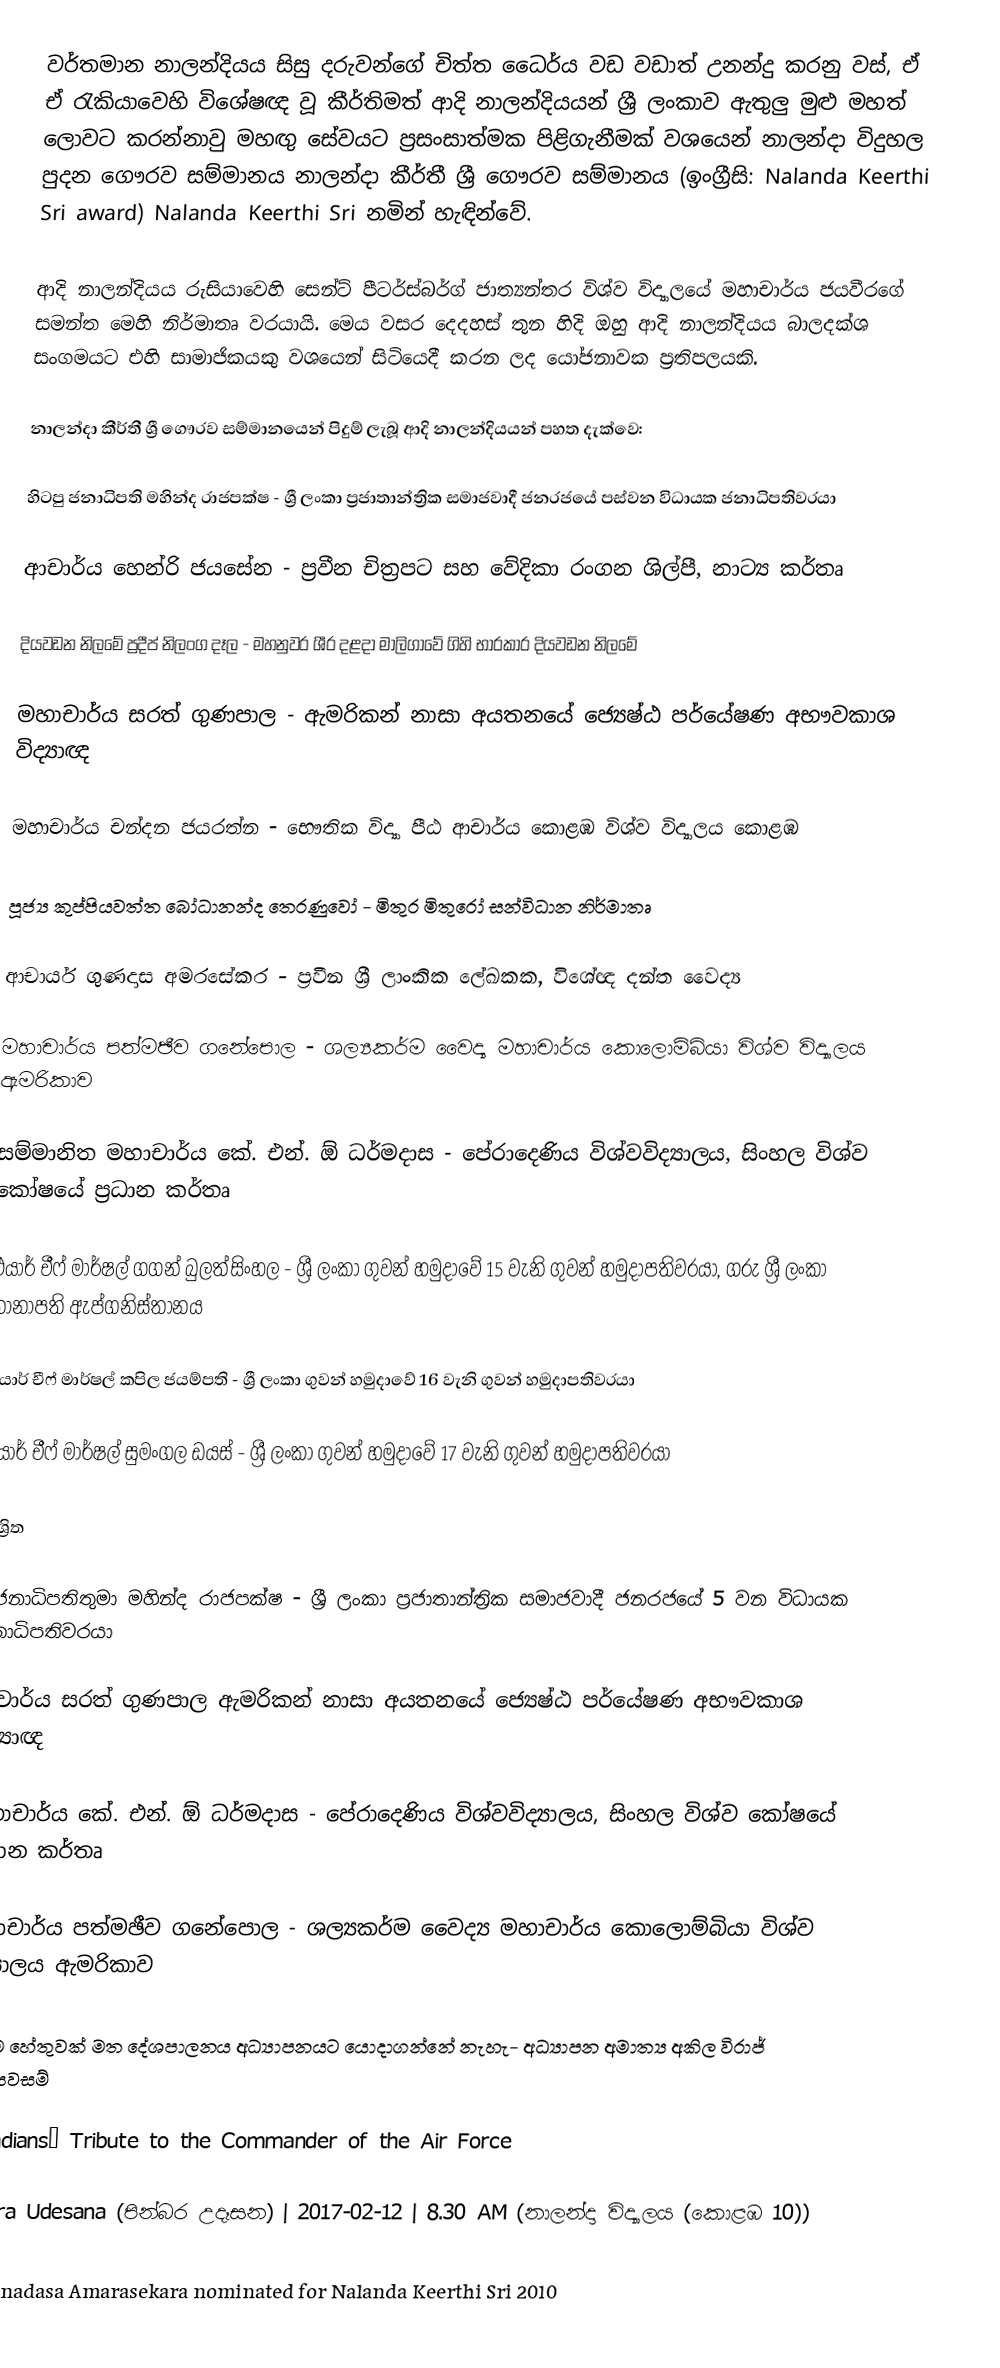
වර්තමාන නාලන්දියය සිසු දරුවන්ගේ චිත්ත ධෛර්ය වඩ වඩාත් උනන්දු කරනු වස්, ඒ ඒ රැකියාවෙහි විශේෂඥ වූ කීර්තිමත් ආදි නාලන්දියයන් ශ්‍රී ලංකාව ඇතුලු මුළු මහත් ලොවට කරන්නාවු මහඟු සේවයට ප්‍රසංසාත්මක පිළිගැනීමක් වශයෙන් නාලන්දා විදුහල පුදන ගෞරව සම්මානය නාලන්දා කීර්තී ශ්‍රී ගෞරව සම්මානය  (ඉංග්‍රීසි: Nalanda Keerthi Sri award) Nalanda Keerthi Sri නමින් හැඳින්වේ.

ආදි නාලන්දියය රුසියාවෙහි සෙන්ට් පීටර්ස්බර්ග් ජාත්‍යන්තර විශ්ව විද්‍යාලයේ මහාචාර්ය ජයවීරගේ සමන්ත මෙහි නිර්මාතෘ වරයායි. මෙය වසර දෙදහස් තුන හිදි ඔහු ආදි නාලන්දියය බාලදක්ශ සංගමයට එහි සාමාජිකයකු වශයෙන් සිටියෙදී කරන ලද යෝජනාවක ප්‍රතිපලයකි.

නාලන්දා කීර්තී ශ්‍රී ගෞරව සම්මානයෙන් පිදුම් ලැබූ ආදි නාලන්දියයන් පහත දැක්වෙ:

 හිටපු ජනාධිපති මහින්ද රාජපක්ෂ - ශ්‍රී ලංකා ප්‍රජාතාන්ත්‍රික සමාජවාදී ජනරජයේ පස්වන විධායක ජනාධිපතිවරයා

 ආචාර්ය හෙන්රි ජයසේන - ප්‍රවීන චිත්‍රපට සහ වේදිකා රංගන ශිල්පී, නාට්‍ය කර්තෘ

  දියවඩන නිලමේ ප්‍රදීප් නිලංග දෑල - මහනුවර ශී‍්‍ර දළදා මාලිගාවේ ගිහි භාරකාර දියවඩන නිලමේ

 මහාචාර්ය සරත් ගුණපාල - ඇමරිකන් නාසා අයතනයේ ජ්‍යෙෂ්ඨ පර්යේෂණ අභෟවකාශ විද්‍යාඥ

  මහාචාර්ය චන්දන ජයරත්න - භෞතික විද්‍යා පීඨ ආචාර්ය කොළඹ විශ්ව විද්‍යාලය කොළඹ

 පූජ්‍ය කුප්පියවත්ත බෝධානන්ද තෙරණුවෝ - මිතුර මිතුරෝ සන්විධාන නිර්මාතෘ

 ආචාර්ය ගුණදාස අමරසේකර - ප්‍රවීන ශ්‍රී ලාංකික ලේඛකක, විශේඥ දන්ත වෛද්‍ය

 මහාචාර්ය පත්මඡීව ගනේපොල - ශල්‍යකර්ම වෛද්‍ය මහාචාර්ය කොලොම්බියා විශ්ව විද්‍යාලය ඇමරිකාව

 සම්මානිත මහාචාර්ය කේ. එන්. ඕ ධර්මදාස - පේරාදෙණිය‍ විශ්වවිද්‍යාලය, සිංහල විශ්ව කෝෂයේ ප්‍රධාන කර්තෘ

 එයාර් චීෆ් මාර්ෂල් ගගන් බුලත්සිංහල -  ශ්‍රී ලංකා ගුවන් හමුදාවේ 15 වැනි ගුවන් හමුදාපතිවරයා, ගරු ශ්‍රී ලංකා තානාපති ඇප්ගනිස්තානය

 එයාර් චීෆ් මාර්ෂල් කපිල ජයම්පති -  ශ්‍රී ලංකා ගුවන් හමුදාවේ 16 වැනි ගුවන් හමුදාපතිවරයා

 එයාර් චීෆ් මාර්ෂල් සුමංගල ඩයස් -  ශ්‍රී ලංකා ගුවන් හමුදාවේ 17 වැනි ගුවන් හමුදාපතිවරයා

ආශ්‍රිත

 ශ්‍රීජනාධිපතිතුමා මහින්ද රාජපක්ෂ - ශ්‍රී ලංකා ප්‍රජාතාන්ත්‍රික සමාජවාදී ජනරජයේ 5 වන විධායක ජනාධිපතිවරයා

 ආචාර්ය සරත් ගුණපාල ඇමරිකන් නාසා අයතනයේ ජ්‍යෙෂ්ඨ පර්යේෂණ අභෟවකාශ විද්‍යාඥ

  මහාචාර්ය කේ. එන්. ඕ ධර්මදාස - පේරාදෙණිය‍ විශ්වවිද්‍යාලය, සිංහල විශ්ව කෝෂයේ ප්‍රධාන කර්තෘ

 මහාචාර්ය පත්මඡීව ගනේපොල - ශල්‍යකර්ම වෛද්‍ය මහාචාර්ය කොලොම්බියා විශ්ව විද්‍යාලය ඇමරිකාව

 කිසිම හේතුවක් මත දේශපාලනය අධ්‍යාපනයට යොදාගන්නේ නැහැ- අධ්‍යාපන අමාත්‍ය අකිල විරාජ් කාරියවසම්

 Nalandians’ Tribute to the Commander of the Air Force

 Pinbara Udesana (පින්බර උදෑසන) | 2017-02-12 | 8.30 AM (නාලන්දා විද්‍යාලය (කොළඹ 10))

 Dr. Gunadasa Amarasekara nominated for Nalanda Keerthi Sri 2010